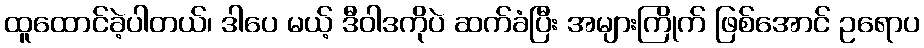
ထူထောင်ခဲ့ပါတယ်၊ ဒါပေ မယ့် ဒီဝါဒကိုပဲ ဆက်ခံပြီး အများကြိုက် ဖြစ်အောင် ဥရောပ